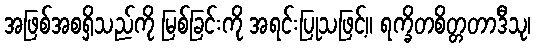
အဖြစ်အစရှိသည်ကို မြစ်ခြင်းကို အရင်းပြုသဖြင့်။ ရက္ခိတစိတ္တတာဒီသု၊